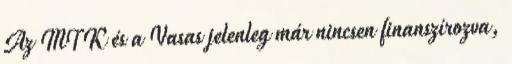
Az MTK és a Vasas jelenleg már nincsen finanszírozva,